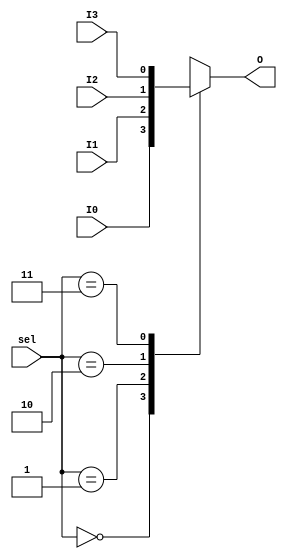

module MUX4 (
  input  wire I0, I1, I2, I3,
  input  wire [1:0] sel,
  output reg O
);

  always @(*) begin
    case (sel)
      2'b00: O = I0;
      2'b01: O = I1;
      2'b10: O = I2;
      2'b11: O = I3;
    endcase
  end

endmodule